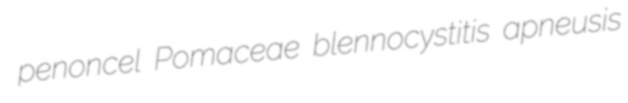
penoncel Pomaceae blennocystitis apneusis